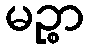
မဉ္စာ